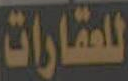
للعقارات